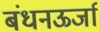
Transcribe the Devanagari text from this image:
बंधनऊर्जा